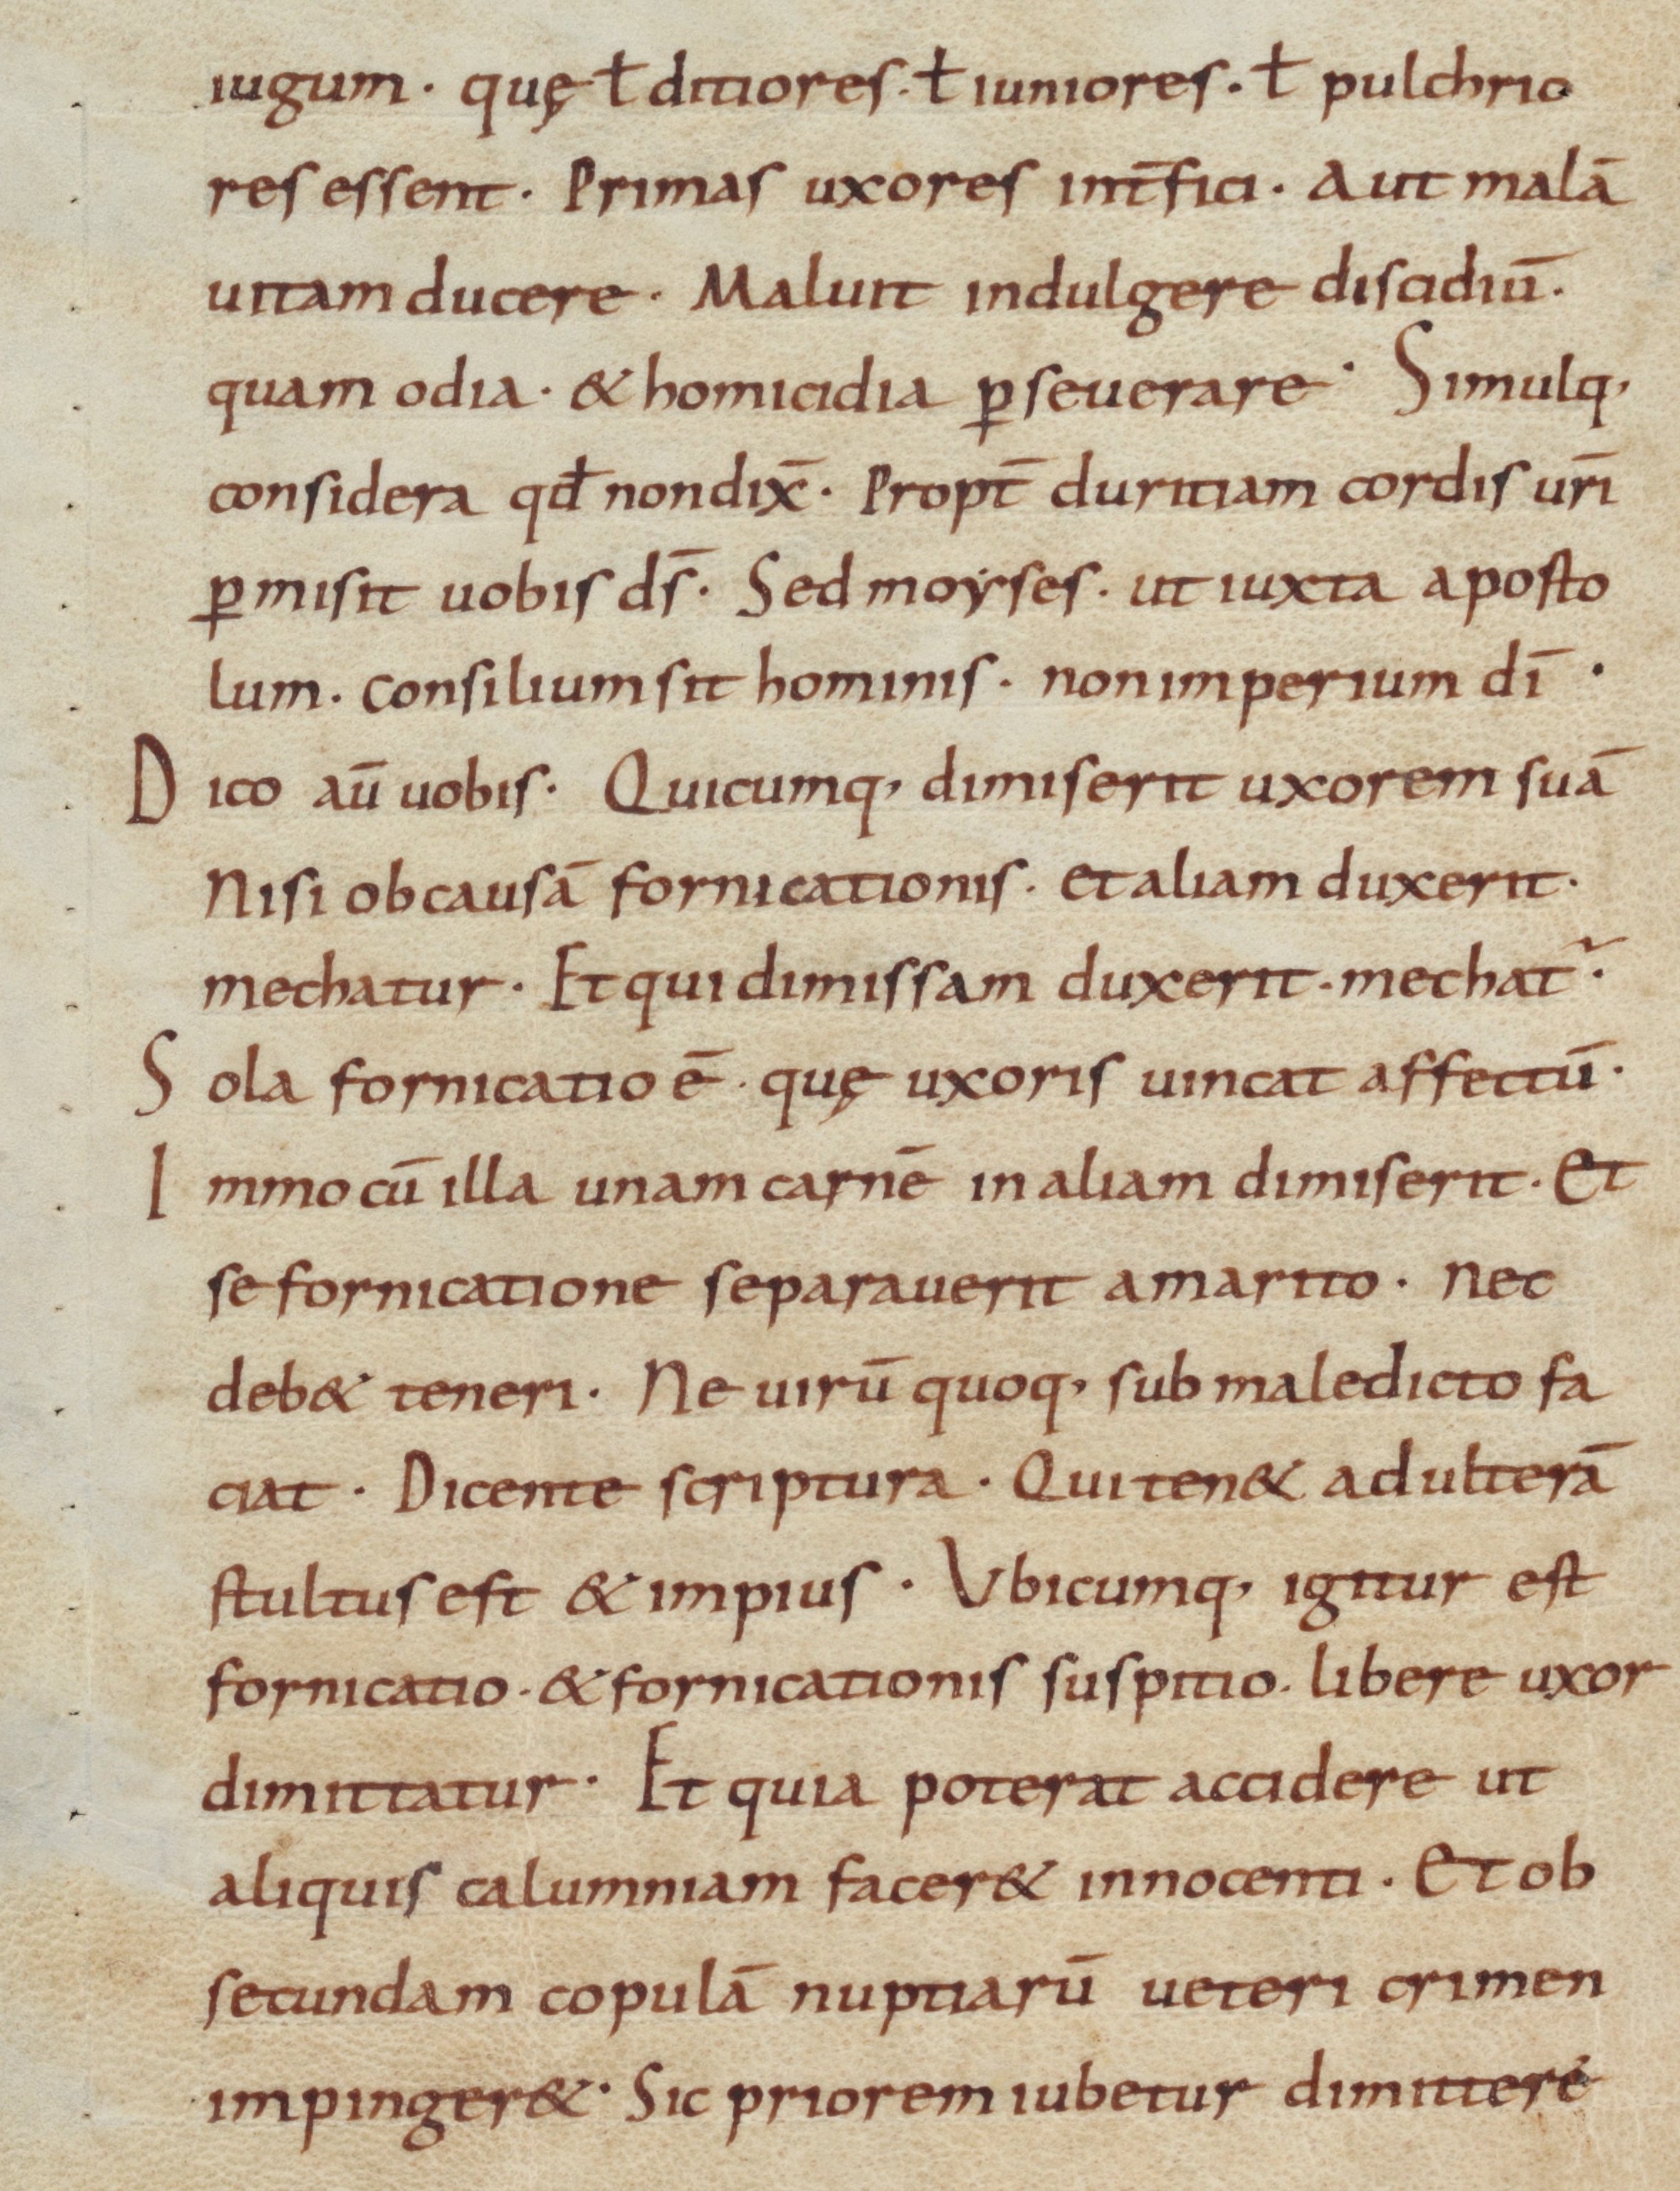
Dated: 900–999